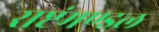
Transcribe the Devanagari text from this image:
राष्टंमण्डल